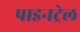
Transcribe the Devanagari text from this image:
पाइनट्रेल